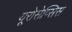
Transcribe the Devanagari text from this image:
यूरोसेप्सिस